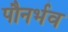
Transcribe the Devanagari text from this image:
पौनर्भव